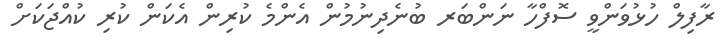
ރާފިލް ހުޅުވަންވީ ސޮފްހާ ނަންބަރ ބުނެދިނުމުން އެންމެ ކުރިން އެކަން ކުރި ކުއްޖަކަށް